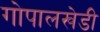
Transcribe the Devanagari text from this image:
गोपालखेडी